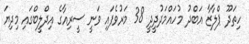
ހިތަދޫ ޕްލާޒާ އަބްދު މުހައްމަދުދީދީ 38 މަރުވެފައި ވަނީ ސީރިއާގެ އިދްލީބްގައި މިދިޔަ